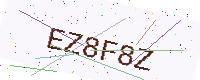
Text: EZ8F8Z